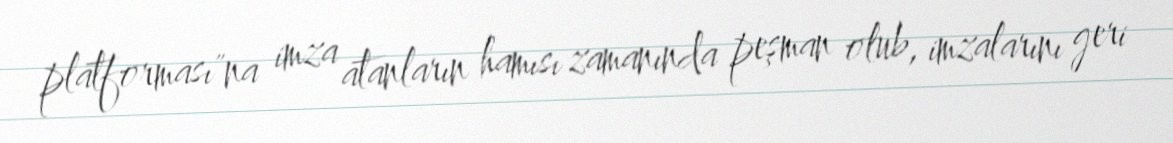
platforması"na imza atanların hamısı zamanında peşman olub, imzalarını geri